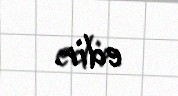
edir.